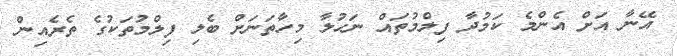
އޭނާ އަށް އެންމެ ކަމުދާ ފިލްމުތައް ނަހުލާ މިހާތަނަށް ބެލި ފިލްމުތަކުގެ ތެރެއިން